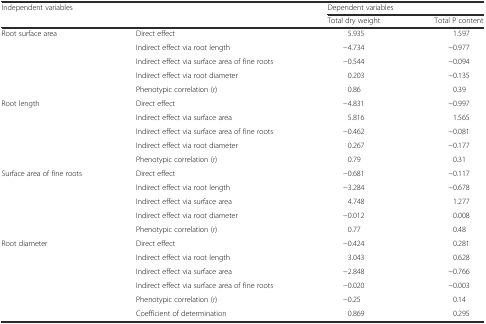
| <ROWSPAN=2> Independent variables |  | <COLSPAN=2> Dependent variables |
 |  | Total dry weight | Total P content |
 | --- | --- | --- | --- |
 | <ROWSPAN=5> Root surface area | Direct effect | 5.935 | 1.597 |
 | Indirect effect via root length | −4.734 | −0.977 |
 | Indirect effect via surface area of fine roots | −0.544 | −0.094 |
 | Indirect effect via root diameter | 0.203 | −0.135 |
 | Phenotypic correlation (r) | 0.86 | 0.39 |
 | <ROWSPAN=5> Root length | Direct effect | −4.831 | −0.997 |
 | Indirect effect via surface area | 5.816 | 1.565 |
 | Indirect effect via surface area of fine roots | −0.462 | −0.081 |
 | Indirect effect via root diameter | 0.267 | −0.177 |
 | Phenotypic correlation (r) | 0.79 | 0.31 |
 | <ROWSPAN=5> Surface area of fine roots | Direct effect | −0.681 | −0.117 |
 | Indirect effect via root length | −3.284 | −0.678 |
 | Indirect effect via surface area | 4.748 | 1.277 |
 | Indirect effect via root diameter | −0.012 | 0.008 |
 | Phenotypic correlation (r) | 0.77 | 0.48 |
 | <ROWSPAN=5> Root diameter | Direct effect | −0.424 | 0.281 |
 | Indirect effect via root length | 3.043 | 0.628 |
 | Indirect effect via surface area | −2.848 | −0.766 |
 | Indirect effect via surface area of fine roots | −0.020 | −0.003 |
 | Phenotypic correlation (r) | −0.25 | 0.14 |
 |  | Coefficient of determination | 0.869 | 0.295 |